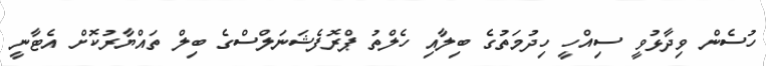
ހުސެން ވިދާޅުވީ ސިއްހީ ހިދުމަތުގެ ބިލާއި ހެލްތު ޕްރޮފެޝަނަލްސްގެ ބިލް ތައްޔާރުކޮށް އެޓާނީ